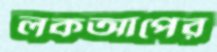
লকআপের